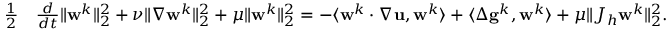
\begin{array} { r l } { \frac { 1 } 2 } & { \frac { d } { d t } \| \mathbf { w } ^ { k } \| _ { 2 } ^ { 2 } + \nu \| \nabla \mathbf { w } ^ { k } \| _ { 2 } ^ { 2 } + \mu \| \mathbf { w } ^ { k } \| _ { 2 } ^ { 2 } = - \langle \mathbf { w } ^ { k } \cdotp \nabla \mathbf { u } , \mathbf { w } ^ { k } \rangle + \langle \Delta \mathbf { g } ^ { k } , \mathbf { w } ^ { k } \rangle + \mu \| J _ { h } \mathbf { w } ^ { k } \| _ { 2 } ^ { 2 } . } \end{array}